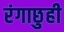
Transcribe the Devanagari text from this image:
रंगाछुही